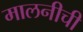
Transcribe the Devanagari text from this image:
मालनीची